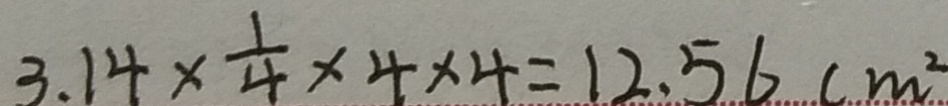
3 . 1 4 \times \frac { 1 } { 4 } \times 4 \times 4 = 1 2 . 5 6 ( m ^ { 2 }